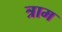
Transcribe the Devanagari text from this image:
त्राम